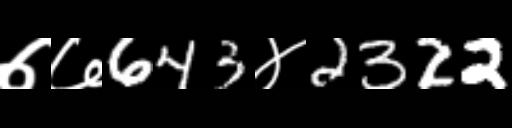
Text: ७७643४2322